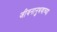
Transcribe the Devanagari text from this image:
जीवनानुभवाच्या